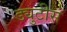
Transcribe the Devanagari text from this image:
ड्युटीस